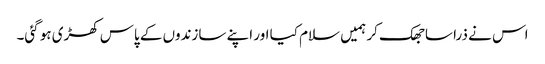
اس نے ذرا سا جھک کر ہمیں سلام کیا اور اپنے سازندوں کے پاس کھڑی ہو گئی۔